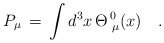
\begin{align*}P_\mu \,=\,\int d^3 x \,\Theta^{\,0}_{\,\,\mu} (x)\quad.\end{align*}